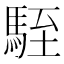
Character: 駤